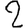
Digit: 2